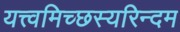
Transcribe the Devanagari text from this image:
यत्त्वमिच्छस्यरिन्दम